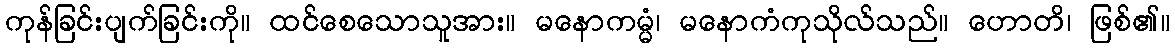
ကုန်ခြင်းပျက်ခြင်းကို။ ထင်စေသောသူအား။ မနောကမ္မံ၊ မနောကံကုသိုလ်သည်။ ဟောတိ၊ ဖြစ်၏။